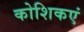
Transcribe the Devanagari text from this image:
कोशिकएं